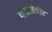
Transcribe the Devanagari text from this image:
पांचानेपीर